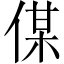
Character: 𠋦